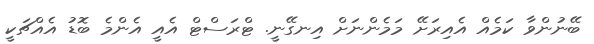
ބޭނުންވާ ކަމެއް އެއިރަށޭ މަމެންނަށް އިނގޭނީ. ޓްރަސްޓް އެއީ އެންމެ ބޮޑު އެއްޗަކީ